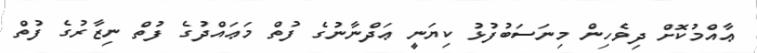
ޢާއްމުކޮށް ދިވެހިން މިނަސަބުފުޅު ކިޔަނީ ޢަދްނާނުގެ ފުތް މަޢައްދުގެ ފުތް ނިޒާރުގެ ފުތް